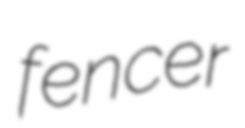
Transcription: fencer